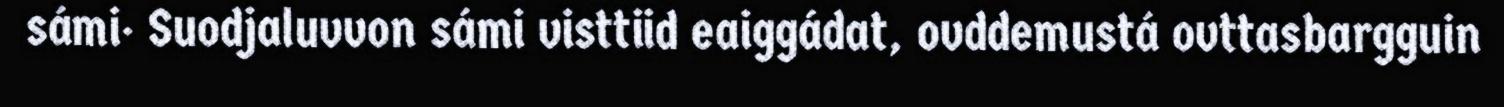
sámi· Suodjaluvvon sámi visttiid eaiggádat, ovddemustá ovttasbargguin